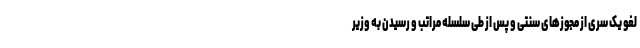
لغو یک سری از مجوزهای سنتی و پس از طی سلسله مراتب و رسیدن به وزیر